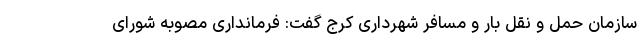
سازمان حمل و نقل بار و مسافر شهرداری کرج گفت: فرمانداری مصوبه شورای